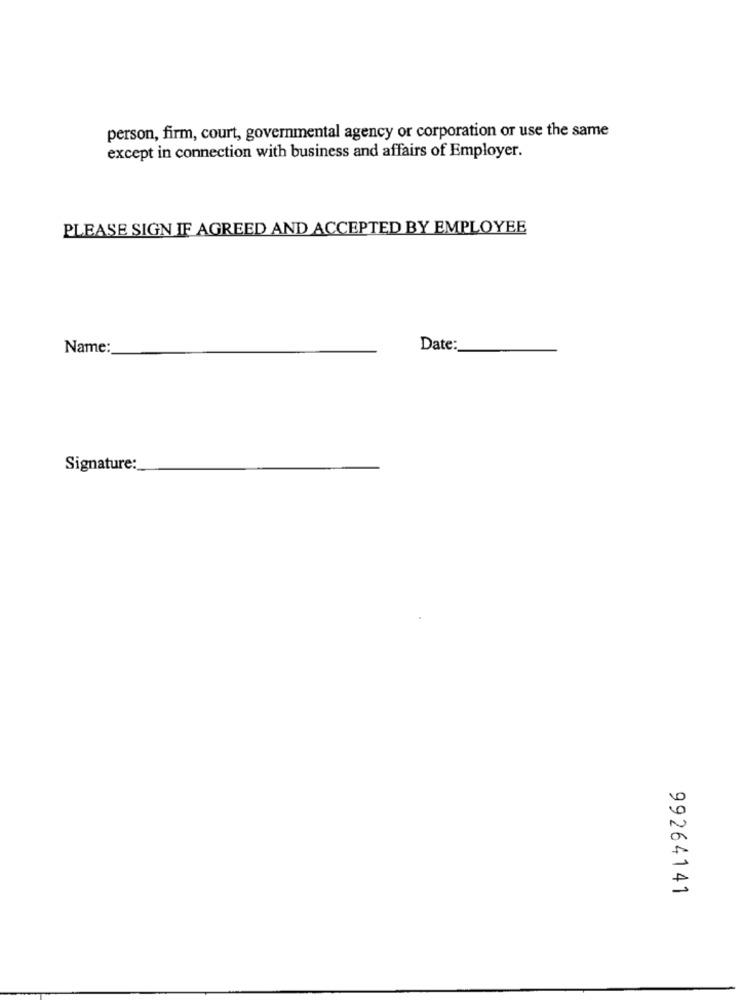
person, firm, court, governmental agency or corporation or use the same
except in connection with business and affairs of Employer.
PLEASE SIGN IF AGREED AND ACCEPTED BY EMPLOYEE
Name:
Date:
Signature:
99264141